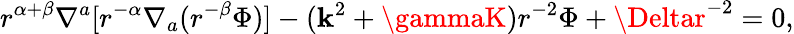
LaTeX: r^{\alpha+\beta}\nabla^{a}[r^{-\alpha}\nabla_{a}(r^{-\beta}\Phi)]-(\mathbf{k}^{2}+\gammaK)r^{-2}\Phi+\Deltar^{-2}=0,